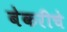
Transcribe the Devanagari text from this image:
बेकरीचे